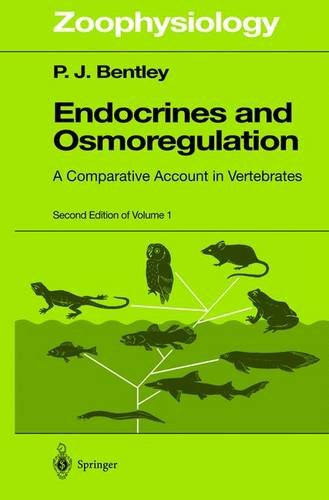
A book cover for Endocrines and Osmoregulation: A Comparative Account in Vertebrates (Zoophysiology); P.J. Bentley; Medical Books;